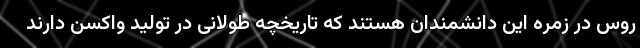
روس در زمره این دانشمندان هستند که تاریخچه طولانی در تولید واکسن دارند